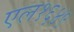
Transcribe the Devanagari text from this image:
एल१६४९